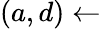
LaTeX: (a,d)\gets